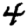
Digit: 4